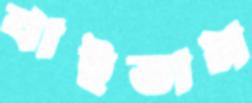
বাইতাম